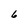
Character: 6